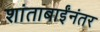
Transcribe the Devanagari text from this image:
शांताबाईंनंतर